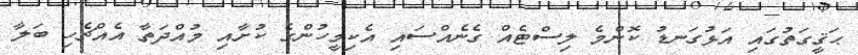
ޙަޤީގަތުގައި އަޅުގަނޑު ކޮންމެ ލިސްޓެއް ގެނެއްސައި އެކިމީހުންގެ ކުށާއި މުއްދަތާ އެއްޗެހި ބަލާ